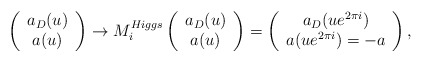
\begin{align*}\left( \begin{array}{c} a_{D}(u) \\ a(u) \end{array} \right)\rightarrow M_{i}^{Higgs} \left( \begin{array}{c} a_{D}(u) \\ a(u) \end{array}\right) = \left( \begin{array}{c} a_{D}(u e^{2 \pi i}) \\ a(ue^{2 \pi i})=-a \end{array} \right),\end{align*}